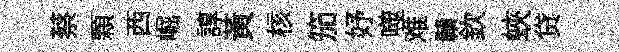
蔡顆西崛諄黄核笳妤噬难贛欽蛺贷